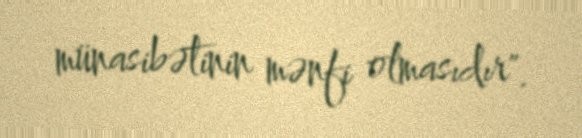
münasibətinin mənfi olmasıdır".